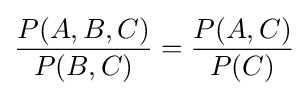
{\frac {P(A,B,C)}{P(B,C)}}={\frac {P(A,C)}{P(C)}}